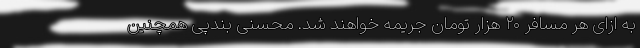
به ازای هر مسافر ۲۰ هزار تومان جریمه خواهند شد. محسنی بندپی همچنین